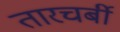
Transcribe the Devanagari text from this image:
तारचर्बी